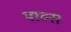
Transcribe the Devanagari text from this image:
याव्स